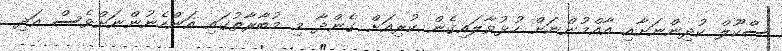
ސްކޫލް ކުދިންނަށާއި އާއްމުންނަށް ހުޅުވާލައިގެން ކުރިއަށް ގެންދާ މި މުބާރާތުގައި އަންހެނުންނަށްވެސް އަދި